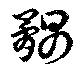
髃